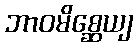
ဘာဝမိစ္ဆေယျ